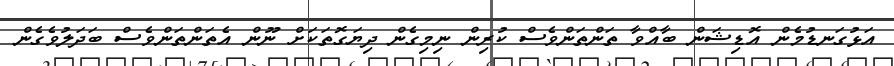
އަޅުގަނޑުމެން އޮޑިޝަން ބާއްވާ ތަންތަންވެސް ކުރިން ނިމިގެން ދިޔަގޮތަކަށް ނޫން އެތަންތަންވެސް ބަދަލުވެގެން